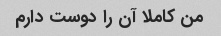
من کاملا آن را دوست دارم